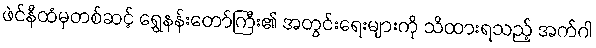
ဖဲင်နီထံမှတစ်ဆင့် ရွှေနန်းတော်ကြီး၏ အတွင်းရေးများကို သိထားရသည့် အက်ဂါ